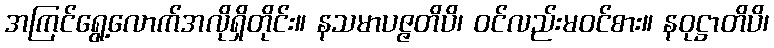
အကြင်ရွေ့လောက်အလိုရှိတိုင်း။ နသမာပဇ္ဇတိပိ၊ ဝင်လည်းမဝင်စား။ နဝုဋ္ဌာတိပိ၊